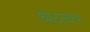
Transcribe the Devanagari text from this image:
घोटाळाच